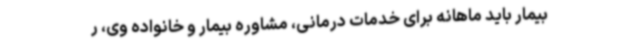
بیمار باید ماهانه برای خدمات درمانی، مشاوره بیمار و خانواده وی، ر